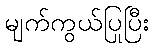
မျက်ကွယ်ပြုပြီး